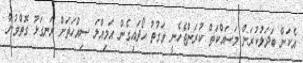
އެކަން ބަދަލުކުރަން މަސައްކަތް ކުރަންޖެހެނީ ވަގުތު ހޯދައިގެން އަމިއްލަ ސިއްހަތަށް ރަނގަޅު ގޮތްވުން